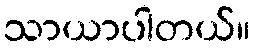
သာယာပါတယ်။